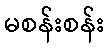
မစန်းစန်း